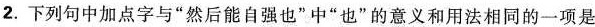
2. 下列句中加点字与”然后能自强也”中”也”的意义和用法相同的一项是